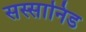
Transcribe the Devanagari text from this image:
सस्सानिड